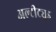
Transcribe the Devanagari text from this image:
अल्टीट्युड